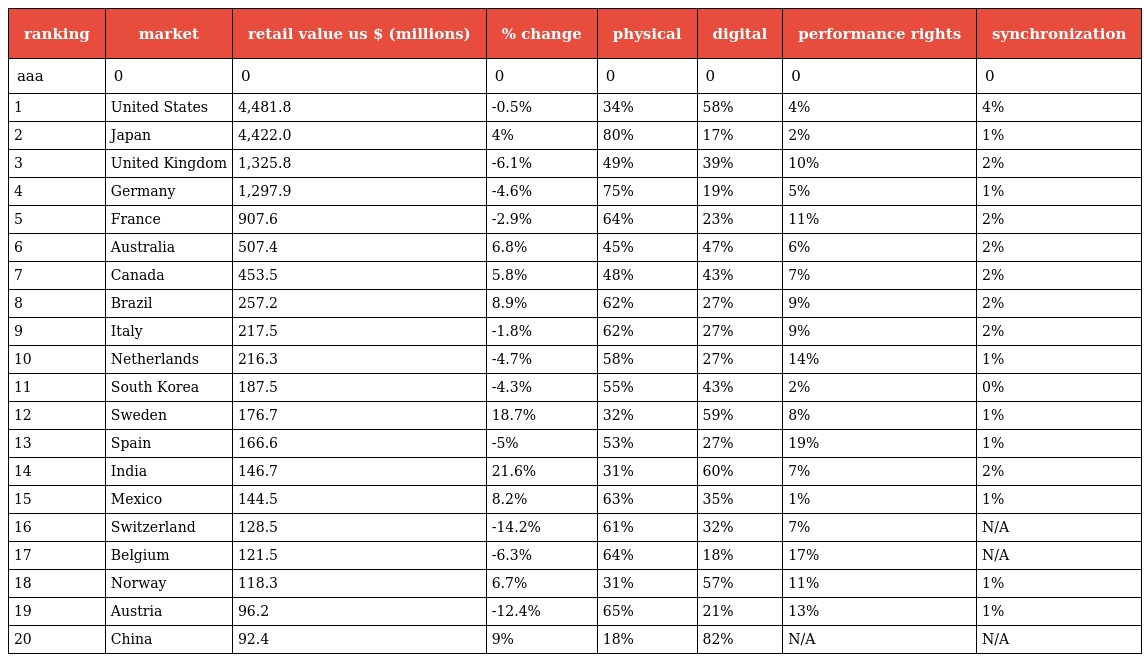
| ranking | market | retail value us $ (millions) | % change | physical | digital | performance rights | synchronization |
 | --- | --- | --- | --- | --- | --- | --- | --- |
 | aaa | 0 | 0 | 0 | 0 | 0 | 0 | 0 |
 | 1 | United States | 4,481.8 | -0.5% | 34% | 58% | 4% | 4% |
 | 2 | Japan | 4,422.0 | 4% | 80% | 17% | 2% | 1% |
 | 3 | United Kingdom | 1,325.8 | -6.1% | 49% | 39% | 10% | 2% |
 | 4 | Germany | 1,297.9 | -4.6% | 75% | 19% | 5% | 1% |
 | 5 | France | 907.6 | -2.9% | 64% | 23% | 11% | 2% |
 | 6 | Australia | 507.4 | 6.8% | 45% | 47% | 6% | 2% |
 | 7 | Canada | 453.5 | 5.8% | 48% | 43% | 7% | 2% |
 | 8 | Brazil | 257.2 | 8.9% | 62% | 27% | 9% | 2% |
 | 9 | Italy | 217.5 | -1.8% | 62% | 27% | 9% | 2% |
 | 10 | Netherlands | 216.3 | -4.7% | 58% | 27% | 14% | 1% |
 | 11 | South Korea | 187.5 | -4.3% | 55% | 43% | 2% | 0% |
 | 12 | Sweden | 176.7 | 18.7% | 32% | 59% | 8% | 1% |
 | 13 | Spain | 166.6 | -5% | 53% | 27% | 19% | 1% |
 | 14 | India | 146.7 | 21.6% | 31% | 60% | 7% | 2% |
 | 15 | Mexico | 144.5 | 8.2% | 63% | 35% | 1% | 1% |
 | 16 | Switzerland | 128.5 | -14.2% | 61% | 32% | 7% | N/A |
 | 17 | Belgium | 121.5 | -6.3% | 64% | 18% | 17% | N/A |
 | 18 | Norway | 118.3 | 6.7% | 31% | 57% | 11% | 1% |
 | 19 | Austria | 96.2 | -12.4% | 65% | 21% | 13% | 1% |
 | 20 | China | 92.4 | 9% | 18% | 82% | N/A | N/A |